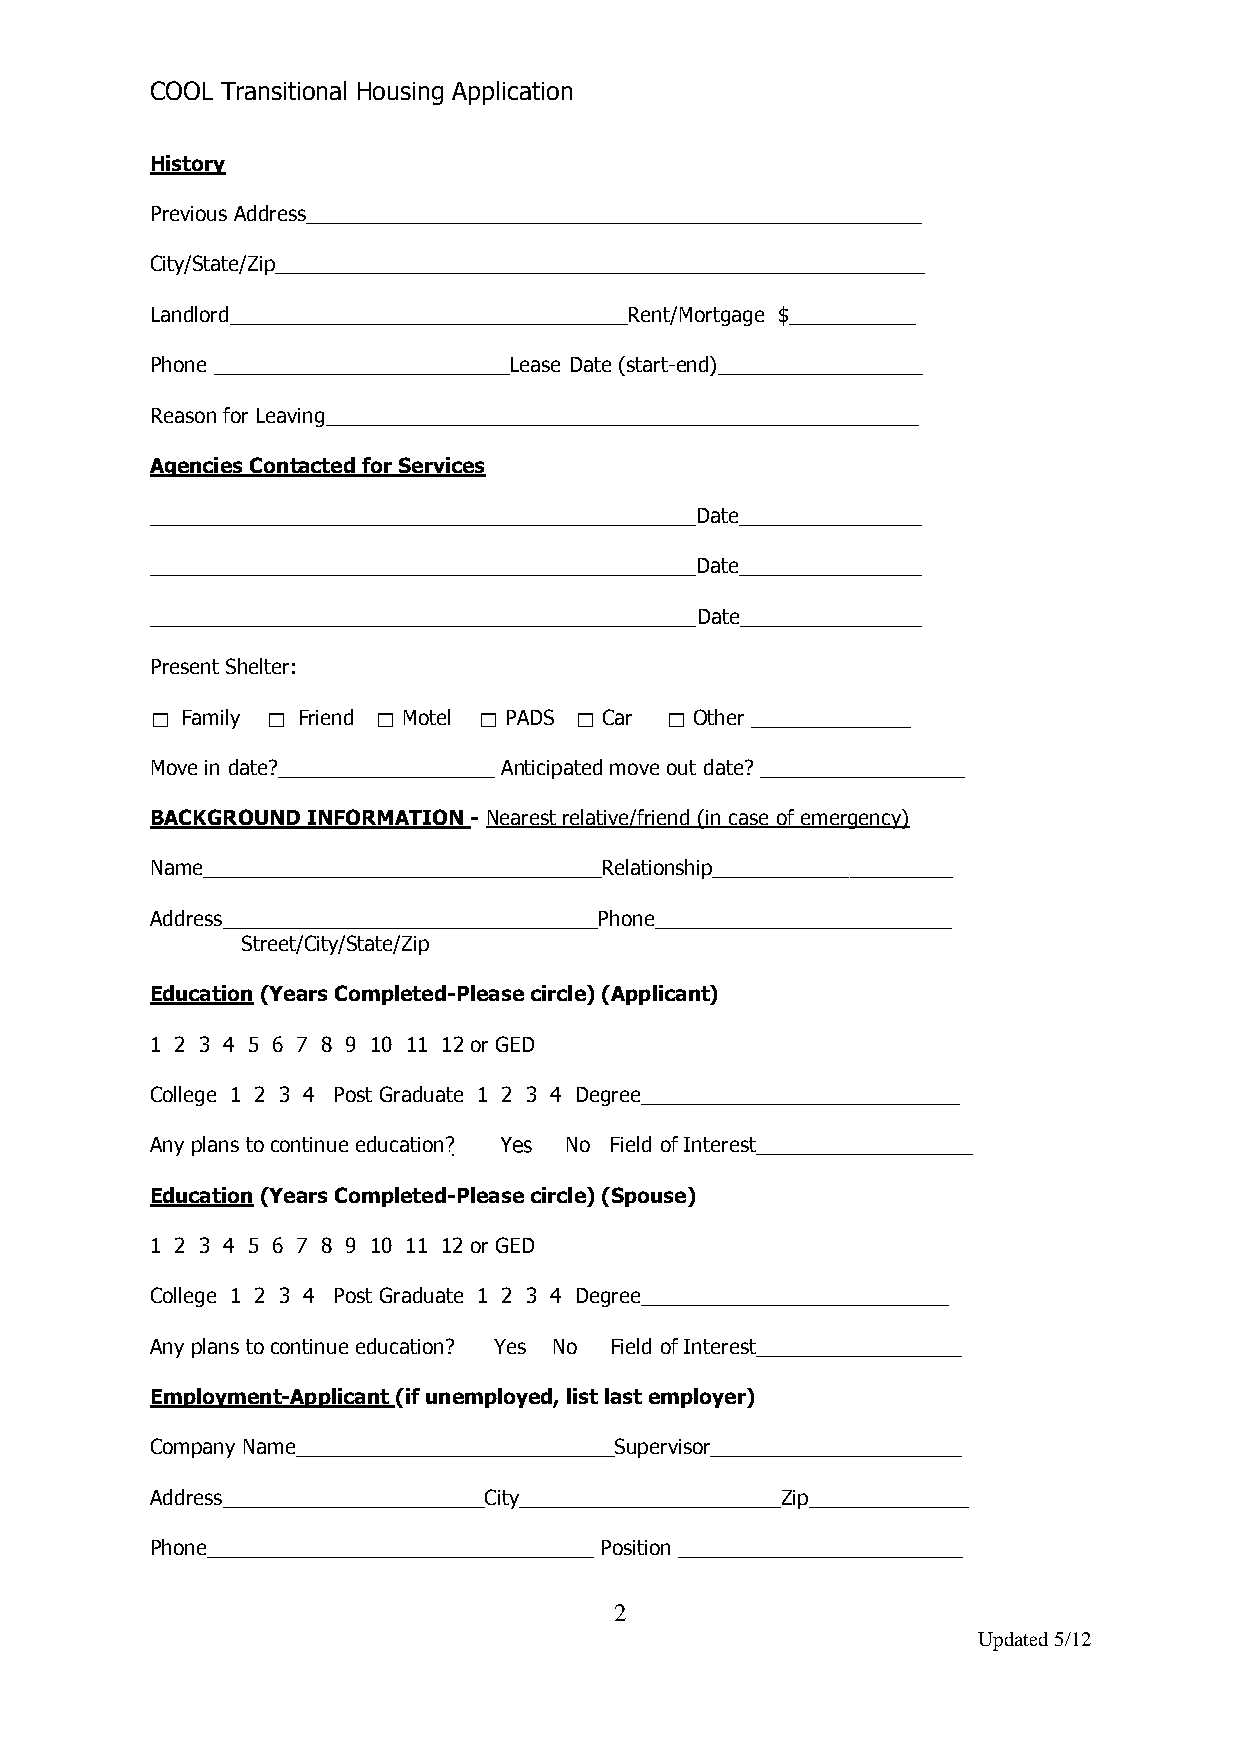
COOL Transitional Housing Application
 History
 Previous Address______________________________________________________
 City/State/Zip_________________________________________________________
 Landlord___________________________________Rent/Mortgage $___________
 Phone __________________________Lease Date (start-end)__________________
 Reason for Leaving____________________________________________________
 Agencies Contacted for Services
 ________________________________________________Date________________
 ________________________________________________Date________________
 ________________________________________________Date________________
 Present Shelter:
 Family Friend  Motel  PADS  Car  Other ______________
 Move in date?___________________ Anticipated move out date? __________________
 BACKGROUND INFORMATION - Nearest relative/friend (in case of emergency)
 Name___________________________________Relationship_____________________
 Address_________________________________Phone__________________________
 Street/City/State/Zip
 Education (Years Completed-Please circle) (Applicant)
 1 2 3 4 5 6 7 8 9 10 11 12 or GED
 College 1 2 3 4 Post Graduate 1 2 3 4 Degree____________________________
 Any plans to continue education No Field of Interest___________________
 Education (Years Completed-Please circle) (Spouse)
 1 2 3 4 5 6 7 8 9 10 11 12 or GED
 College 1 2 3 4 Post Graduate 1 2 3 4 Degree___________________________
 Any plans to continue education? Yes No Field of Interest__________________
 Employment-Applicant (if unemployed, list last employer)
 Company Name____________________________Supervisor______________________
 Address_______________________City_______________________Zip______________
 Phone__________________________________ Position _________________________
 2
 Updated 5/12